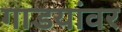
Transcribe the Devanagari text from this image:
गाडयांवर